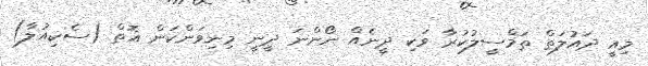
މިއީ ދައުލަތް ތަމްސީލުކުރާ ވަކި ދީނެއް ނޯންނަ ދީނީ މިނިވަންކަން އޮތް (ސެކިއުލާ)